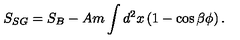
S _ { S G } = S _ { B } - A m \int d ^ { 2 } x \left( 1 - \cos { \beta \phi } \right) .